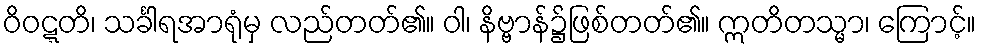
ဝိဝဋ္ဋတိ၊ သင်္ခါရအာရုံမှ လည်တတ်၏။ ဝါ၊ နိဗ္ဗာန်၌ဖြစ်တတ်၏။ ဣတိတသ္မာ၊ ကြောင့်။